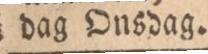
i dag Onsdag.